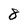
Character: 8